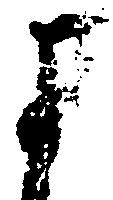
よ